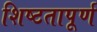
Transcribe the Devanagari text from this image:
शिष्टतापूर्ण